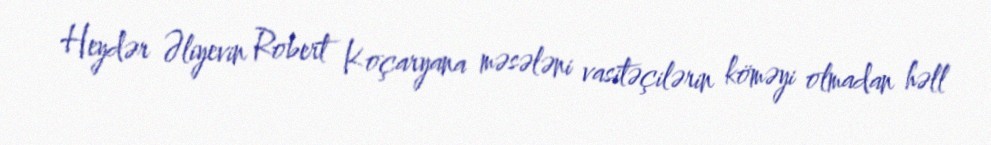
Heydər Əliyevin Robert Koçaryana məsələni vasitəçilərin köməyi olmadan həll